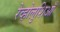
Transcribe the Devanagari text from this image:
रेव्होलुशिआँ